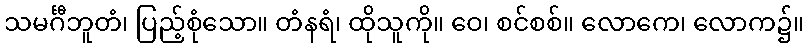
သမင်္ဂီဘူတံ၊ ပြည့်စုံသော။ တံနရံ၊ ထိုသူကို။ ဝေ၊ စင်စစ်။ လောကေ၊ လောက၌။